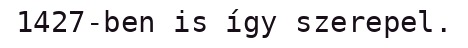
1427-ben is így szerepel.